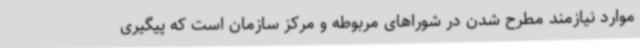
موارد نیازمند مطرح شدن در شوراهای مربوطه و مرکز سازمان است که پیگیری